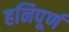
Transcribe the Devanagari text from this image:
हनिपूर्ण